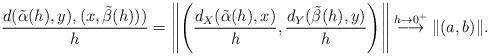
LaTeX: \begin{align*}\frac{d(\tilde\alpha(h),y),(x,\tilde\beta(h)))}{h}=\left\|\left(\frac{d_X(\tilde\alpha(h),x)}{h},\frac{d_Y(\tilde\beta(h),y)}{h} \right)\right\| \stackrel{h\to 0^+}{\longrightarrow} \|(a,b)\|.\end{align*}